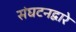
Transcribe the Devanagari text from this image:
संघटनद्वारे